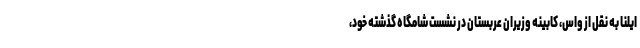
ایلنا به نقل از واس، کابینه وزیران عربستان در نشست شامگاه گذشته خود،